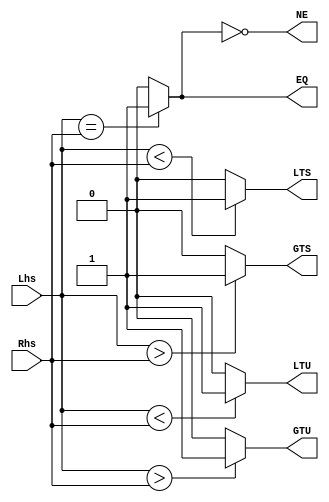
`timescale 1ns/1ps
`default_nettype none
// PLEASE READ THIS, IT MAY SAVE YOU SOME TIME AND MONEY, THANK YOU!
// * This file was generated by Quokka FPGA Toolkit.
// * Generated code is your property, do whatever you want with it
// * Place custom code between [BEGIN USER ***] and [END USER ***].
// * CAUTION: All code outside of [USER] scope is subject to regeneration.
// * Bad things happen sometimes in developer's life,
//   it is recommended to use source control management software (e.g. git, bzr etc) to keep your custom code safe'n'sound.
// * Internal structure of code is subject to change.
//   You can use some of signals in custom code, but most likely they will not exist in future (e.g. will get shorter or gone completely)
// * Please send your feedback, comments, improvement ideas etc. to evmuryshkin@gmail.com
// * Visit https://github.com/EvgenyMuryshkin/QuokkaEvaluation to access latest version of playground
//
// DISCLAIMER:
//   Code comes AS-IS, it is your responsibility to make sure it is working as expected
//   no responsibility will be taken for any loss or damage caused by use of Quokka toolkit.
//
// System configuration name is Increment_TopLevel_TopLevel_CPU_CMP, clock frequency is 1Hz, Embedded
// FSM summary
// -- Packages
module Increment_TopLevel_TopLevel_CPU_CMP
(
	// [BEGIN USER PORTS]
	// [END USER PORTS]
	input wire [31:0] Lhs,
	input wire [31:0] Rhs,
	output wire EQ,
	output wire NE,
	output wire GTU,
	output wire LTU,
	output wire GTS,
	output wire LTS
);
	// [BEGIN USER SIGNALS]
	// [END USER SIGNALS]
	localparam HiSignal = 1'b1;
	localparam LoSignal = 1'b0;
	wire Zero = 1'b0;
	wire One = 1'b1;
	wire true = 1'b1;
	wire false = 1'b0;
	wire [31: 0] Inputs_Lhs;
	wire [31: 0] Inputs_Rhs;
	wire internalEQ;
	wire [31: 0] CompareModule_L16F28T49_SignChange;
	wire [31: 0] CompareModule_L16F52T73_SignChange;
	wire [31: 0] CompareModule_L17F28T49_SignChange;
	wire [31: 0] CompareModule_L17F52T73_SignChange;
	wire signed [31: 0] CompareModule_L19F28T47_SignChange;
	wire signed [31: 0] CompareModule_L19F50T69_SignChange;
	wire signed [31: 0] CompareModule_L20F28T47_SignChange;
	wire signed [31: 0] CompareModule_L20F50T69_SignChange;
	wire CompareModule_L15F27T38_Expr;
	wire CompareModule_L15F27T38_Expr_1;
	wire CompareModule_L13F28T52_Expr;
	wire signed [32: 0] CompareModule_L13F28T52_ExprLhs;
	wire signed [32: 0] CompareModule_L13F28T52_ExprRhs;
	wire CompareModule_L16F28T73_Expr;
	wire signed [32: 0] CompareModule_L16F28T73_ExprLhs;
	wire signed [32: 0] CompareModule_L16F28T73_ExprRhs;
	wire CompareModule_L17F28T73_Expr;
	wire signed [32: 0] CompareModule_L17F28T73_ExprLhs;
	wire signed [32: 0] CompareModule_L17F28T73_ExprRhs;
	wire CompareModule_L19F28T69_Expr;
	wire signed [31: 0] CompareModule_L19F28T69_ExprLhs;
	wire signed [31: 0] CompareModule_L19F28T69_ExprRhs;
	wire CompareModule_L20F28T69_Expr;
	wire signed [31: 0] CompareModule_L20F28T69_ExprLhs;
	wire signed [31: 0] CompareModule_L20F28T69_ExprRhs;
	assign CompareModule_L13F28T52_Expr = CompareModule_L13F28T52_ExprLhs == CompareModule_L13F28T52_ExprRhs ? 1'b1 : 1'b0;
	assign CompareModule_L16F28T73_Expr = CompareModule_L16F28T73_ExprLhs > CompareModule_L16F28T73_ExprRhs ? 1'b1 : 1'b0;
	assign CompareModule_L17F28T73_Expr = CompareModule_L17F28T73_ExprLhs < CompareModule_L17F28T73_ExprRhs ? 1'b1 : 1'b0;
	assign CompareModule_L19F28T69_Expr = CompareModule_L19F28T69_ExprLhs > CompareModule_L19F28T69_ExprRhs ? 1'b1 : 1'b0;
	assign CompareModule_L20F28T69_Expr = CompareModule_L20F28T69_ExprLhs < CompareModule_L20F28T69_ExprRhs ? 1'b1 : 1'b0;
	assign CompareModule_L15F27T38_Expr = ~CompareModule_L15F27T38_Expr_1;
	assign CompareModule_L13F28T52_ExprLhs = { 1'b0, Inputs_Lhs };
	assign CompareModule_L13F28T52_ExprRhs = { 1'b0, Inputs_Rhs };
	assign CompareModule_L16F28T73_ExprLhs = { 1'b0, CompareModule_L16F28T49_SignChange };
	assign CompareModule_L16F28T73_ExprRhs = { 1'b0, CompareModule_L16F52T73_SignChange };
	assign CompareModule_L17F28T73_ExprLhs = { 1'b0, CompareModule_L17F28T49_SignChange };
	assign CompareModule_L17F28T73_ExprRhs = { 1'b0, CompareModule_L17F52T73_SignChange };
	assign CompareModule_L19F28T69_ExprLhs = CompareModule_L19F28T47_SignChange;
	assign CompareModule_L19F28T69_ExprRhs = CompareModule_L19F50T69_SignChange;
	assign CompareModule_L20F28T69_ExprLhs = CompareModule_L20F28T47_SignChange;
	assign CompareModule_L20F28T69_ExprRhs = CompareModule_L20F50T69_SignChange;
	assign CompareModule_L15F27T38_Expr_1 = internalEQ;
	assign Inputs_Lhs = Lhs;
	assign Inputs_Rhs = Rhs;
	assign internalEQ = CompareModule_L13F28T52_Expr;
	assign EQ = internalEQ;
	assign NE = CompareModule_L15F27T38_Expr;
	assign CompareModule_L16F28T49_SignChange = Inputs_Lhs;
	assign CompareModule_L16F52T73_SignChange = Inputs_Rhs;
	assign GTU = CompareModule_L16F28T73_Expr;
	assign CompareModule_L17F28T49_SignChange = Inputs_Lhs;
	assign CompareModule_L17F52T73_SignChange = Inputs_Rhs;
	assign LTU = CompareModule_L17F28T73_Expr;
	assign CompareModule_L19F28T47_SignChange = Inputs_Lhs;
	assign CompareModule_L19F50T69_SignChange = Inputs_Rhs;
	assign GTS = CompareModule_L19F28T69_Expr;
	assign CompareModule_L20F28T47_SignChange = Inputs_Lhs;
	assign CompareModule_L20F50T69_SignChange = Inputs_Rhs;
	assign LTS = CompareModule_L20F28T69_Expr;
	// [BEGIN USER ARCHITECTURE]
	// [END USER ARCHITECTURE]
endmodule